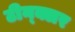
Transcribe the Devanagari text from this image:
टीन्क्लर